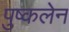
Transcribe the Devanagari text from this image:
पुष्कलेन